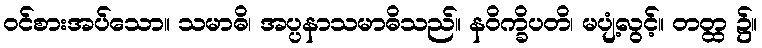
ဝင်စားအပ်သော။ သမာဓိ၊ အပ္ပနာသမာဓိသည်။ နဝိက္ခိပတိ၊ မပျံ့လွင့်။ တတ္ထ ၌။